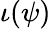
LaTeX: \iota(\psi)